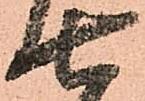
七